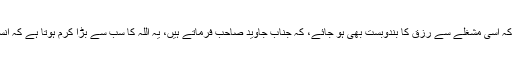
تاکہ کوئی پڑھے نہ پڑھے میرا مشغلہ چلتا رہے، اور دعا ہے کہ اسی مشغلے سے رزق کا بندوبست بھی ہو جائے، کہ جناب جاوید صاحب فرماتے ہیں، یہ اللہ کا سب سے بڑا کرم ہوتا ہے کہ انسان کا محبوب ترین مشغلہ ہی اس کے رزق کا ذریعہ بن جائے۔